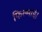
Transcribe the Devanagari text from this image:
फिल्माई।